Report of the Imperial Institute of Veterinary Research, Muktesar
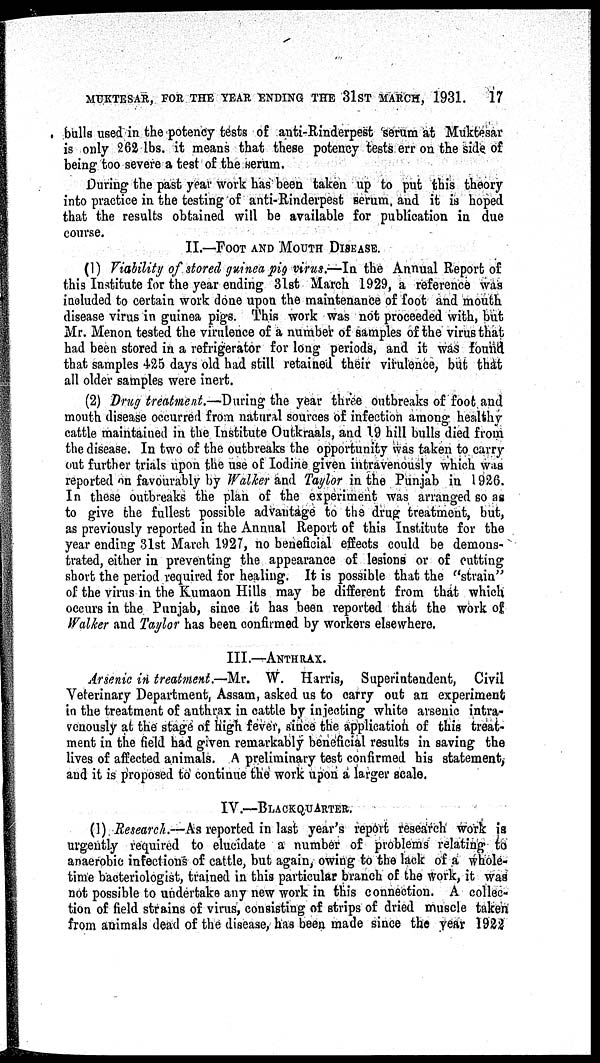
MUKTESAR, FOR THE YEAR ENDING THE 31 ST MARCH, 1931.
17
bulls used in the potency tests of anti-Rinderpest serum at Muktesar
is only 262 lbs. it means that these potency tests err on the side of
being too severe a test of the serum.
During the past year work has been taken up to put this theory
into practice in the testing of anti-Rinderpest serum, and it is hoped
that the results obtained will be available for publication in due
course.
II.—FOOT AND MOUTH DISEASE.
(1) Viability of stored guinea pig virus.—In the Annual Report of
this Institute for the year ending 31st March 1929, a reference was
included to certain work done upon the maintenance of foot and mouth
disease virus in guinea pigs. This work was not proceeded with, but
Mr. Menon tested the virulence of a number of samples of the virus that
had been stored in a refrigerator for long periods, and it was found
that samples 425 days old had still retained their virulence, but that
all older samples were inert.
(2) Drug treatment.—During the year three outbreaks of foot and
mouth disease occurred from natural sources of infection among healthy
cattle maintained in the Institute Outkraals, and 19 hill bulls died from
the disease. In two of the outbreaks the opportunity was taken to carry
out further trials upon the use of Iodine given intravenously which was
reported on favourably by Walker and Taylor in the Punjab in 1926.
In these outbreaks the plan of the experiment was arranged so as
to give the fullest possible advantage to the drug treatment, but,
as previously reported in the Annual Report of this Institute for the
year ending 31st March 1927, no beneficial effects could be demons-
trated, either in preventing the appearance of lesions or of cutting
short the period required for healing. It is possible that the "strain"
of the virus in the Kumaon Hills may be different from that which
occurs in the Punjab, since it has been reported that the work of
Walker and Taylor has been confirmed by workers elsewhere.
III.—ANTHRAX.
Arsenic in treatment.—Mr. W. Harris, Superintendent, Civil
Veterinary Department, Assam, asked us to carry out an experiment
in the treatment of anthrax in cattle by injecting white arsenic intra-
venously at the stage of high fever, since the application of this treat-
ment in the field had given remarkably beneficial results in saving the
lives of affected animals. A preliminary test confirmed his statement,
and it is proposed to continue the work upon a larger scale.
IV.—BLACKQUARTER.
(1) Research.—As reported in last year's report research work is
urgently required to elucidate a number of problems relating to
anaerobic infections of cattle, but again, owing to the lack of a whole-
time bacteriologist, trained in this particular branch of the work, it was
not possible to undertake any new work in this connection. A collec-
tion of field strains of virus, consisting of strips of dried muscle taken
from animals dead of the disease, has been made since the year 1922